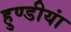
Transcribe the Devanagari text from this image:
हुण्डीयां